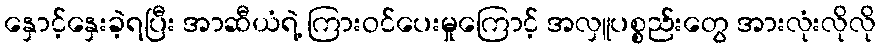
နှောင့်နှေးခဲ့ရပြီး အာဆီယံရဲ့ ကြားဝင်ပေးမှုကြောင့် အလှူပစ္စည်းတွေ အားလုံးလိုလို